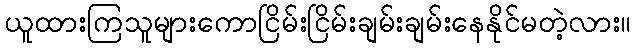
ယူထားကြသူများကောငြိမ်းငြိမ်းချမ်းချမ်းနေနိုင်မတဲ့လား။